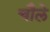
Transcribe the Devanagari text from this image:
चौले